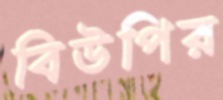
বিউপির